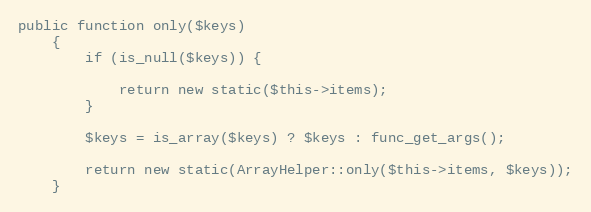
Language: PHP
public function only($keys)
    {
        if (is_null($keys)) {

            return new static($this->items);
        }

        $keys = is_array($keys) ? $keys : func_get_args();

        return new static(ArrayHelper::only($this->items, $keys));
    }